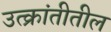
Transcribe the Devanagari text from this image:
उत्क्रांतीतील